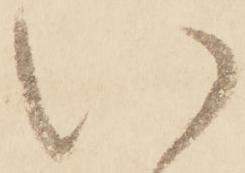
い